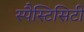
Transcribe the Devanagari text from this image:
स्पैस्टिसिटी